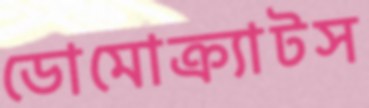
ডোমোক্র্যাটস